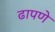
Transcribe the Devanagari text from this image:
ढापणे